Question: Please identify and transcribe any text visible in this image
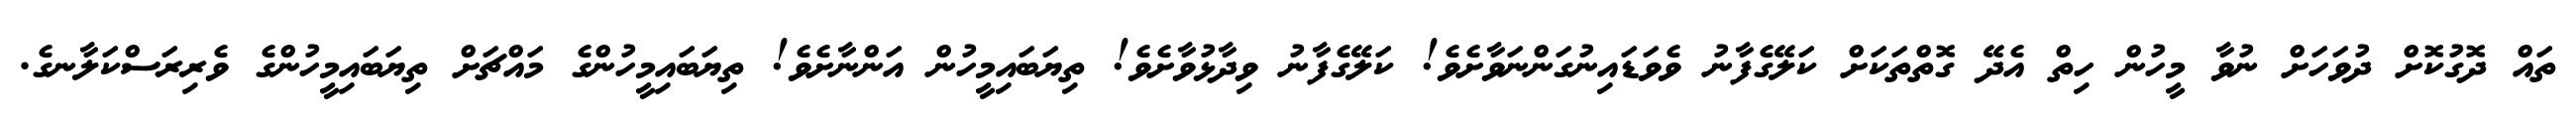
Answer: ތައް ދޮގުކޮށް ދުވަހަށް ނުވާ މީހުން ހިތް އެދޭ ގޮތްތަކަށް ކަލޭގެފާނު ވެވަޑައިނުގަންނަވާށެވެ! ކަލޭގެފާނު ވިދާޅުވާށެވެ! ތިޔަބައިމީހުން އަންނާށެވެ! ތިޔަބައިމީހުންގެ މައްޗަށް ތިޔަބައިމީހުންގެ ވެރިރަސްކަލާނގެ.